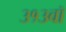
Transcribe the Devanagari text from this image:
३१३वॉ